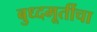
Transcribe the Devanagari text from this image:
बुध्दमूर्तीचा